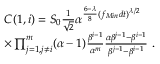
\begin{array} { r l } & { C ( 1 , i ) = S _ { 0 } \frac { 1 } { \sqrt { 2 } } \alpha ^ { \frac { 6 - \lambda } { 8 } ( f _ { M i n } d t ) ^ { \lambda / 2 } } } \\ & { \times \prod _ { j = 1 , j \ne i } ^ { m } ( \alpha - 1 ) \frac { \beta ^ { i - 1 } } { \alpha ^ { m } } \frac { \alpha \beta ^ { j - 1 } - \beta ^ { i - 1 } } { \beta ^ { j - 1 } - \beta ^ { i - 1 } } \ . } \end{array}